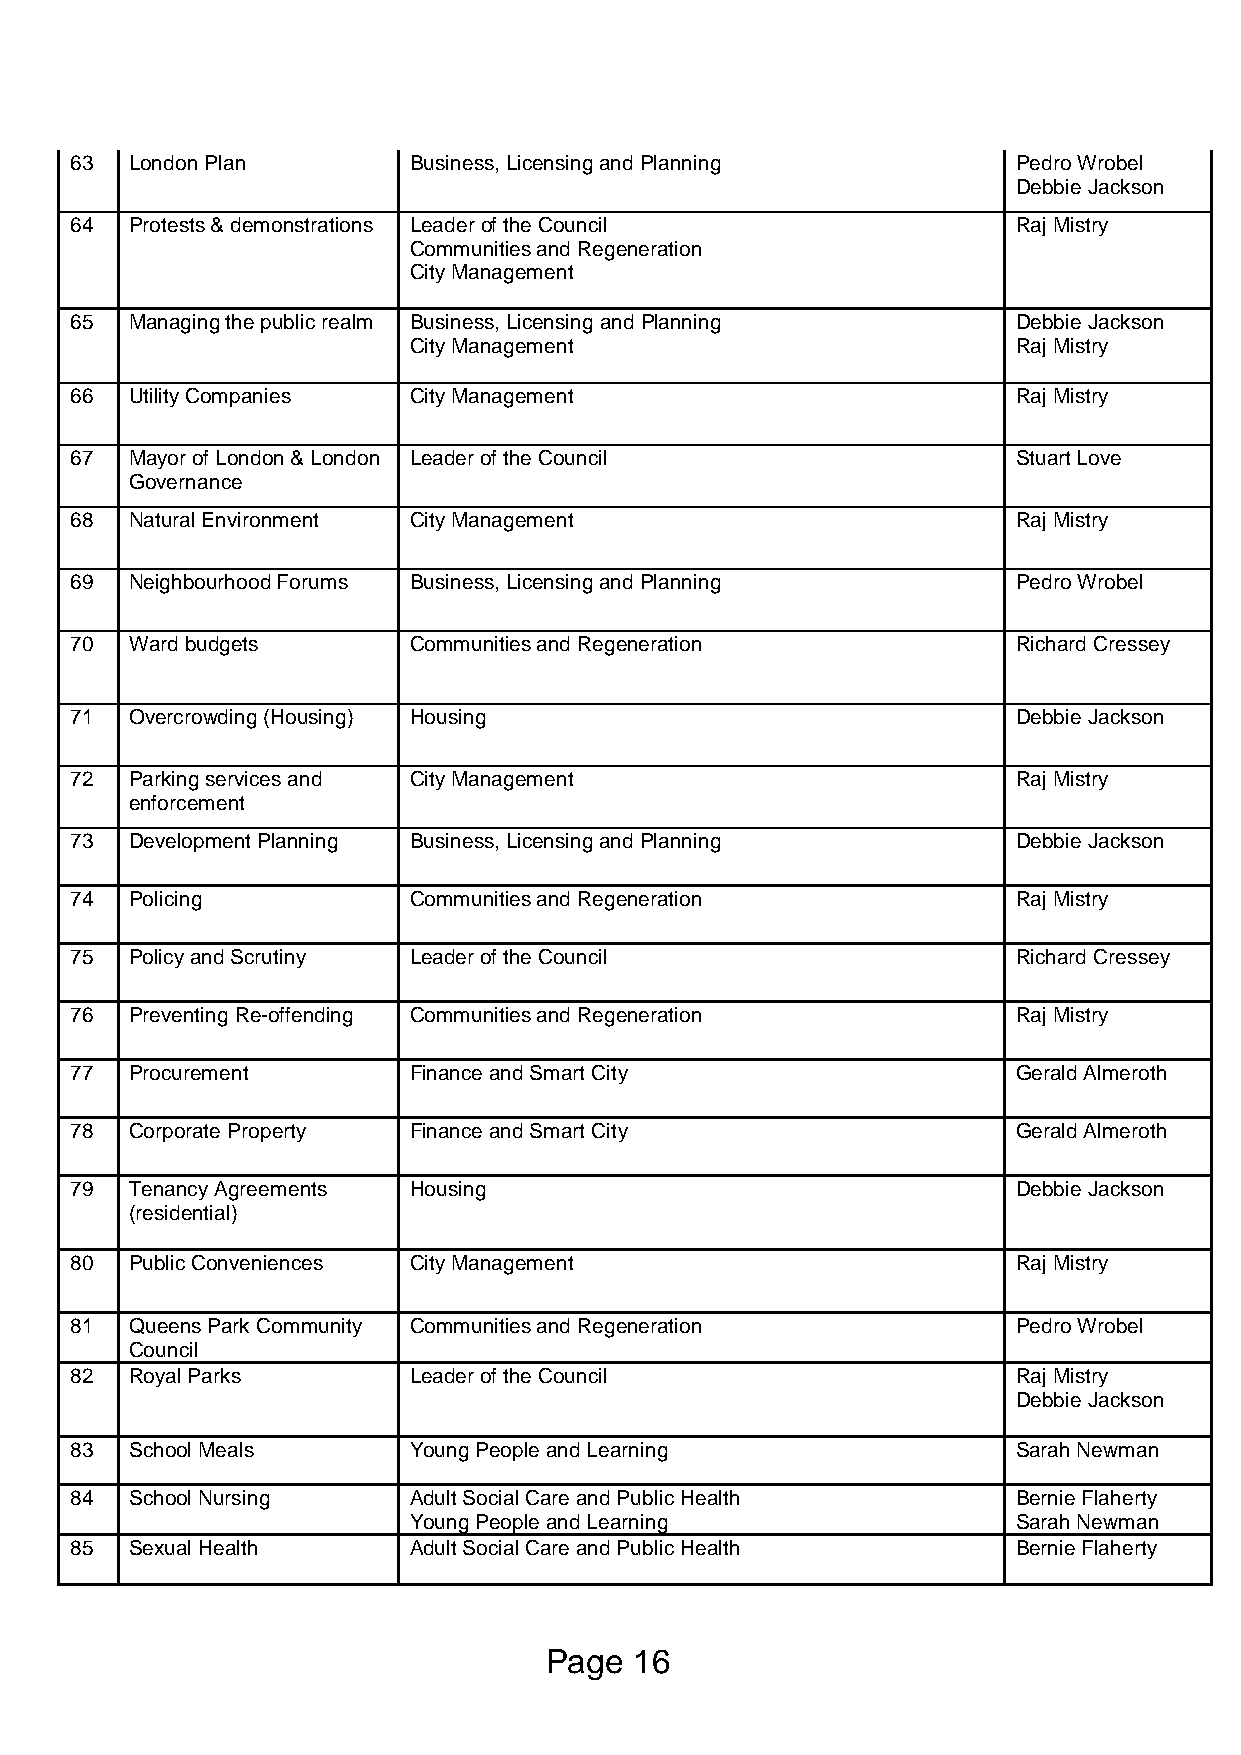
63  London Plan       Business, Licensing and Planning        Pedro Wrobel
 Debbie Jackson
 64  Protests & demonstrations Leader of the Council           Raj Mistry
 Communities and Regeneration
 City Management
 65  Managing the public realm Business, Licensing and Planning Debbie Jackson
 City Management                         Raj Mistry
 66  Utility Companies City Management                         Raj Mistry
 67  Mayor of London & London Leader of the Council            Stuart Love
 Governance
 68  Natural Environment City Management                       Raj Mistry
 69  Neighbourhood Forums Business, Licensing and Planning     Pedro Wrobel
 70  Ward budgets      Communities and Regeneration            Richard Cressey
 71  Overcrowding (Housing) Housing                            Debbie Jackson
 72  Parking services and City Management                      Raj Mistry
 enforcement
 73  Development Planning Business, Licensing and Planning     Debbie Jackson
 74  Policing          Communities and Regeneration            Raj Mistry
 75  Policy and Scrutiny Leader of the Council                 Richard Cressey
 76  Preventing Re-offending Communities and Regeneration      Raj Mistry
 77  Procurement       Finance and Smart City                  Gerald Almeroth
 78  Corporate Property Finance and Smart City                 Gerald Almeroth
 79  Tenancy Agreements Housing                                Debbie Jackson
 (residential)
 80  Public Conveniences City Management                       Raj Mistry
 81  Queens Park Community Communities and Regeneration        Pedro Wrobel
 Council
 82  Royal Parks       Leader of the Council                   Raj Mistry
 Debbie Jackson
 83  School Meals      Young People and Learning               Sarah Newman
 84  School Nursing    Adult Social Care and Public Health     Bernie Flaherty
 Young People and Learning               Sarah Newman
 85  Sexual Health     Adult Social Care and Public Health     Bernie Flaherty
 Page  16